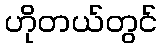
ဟိုတယ်တွင်